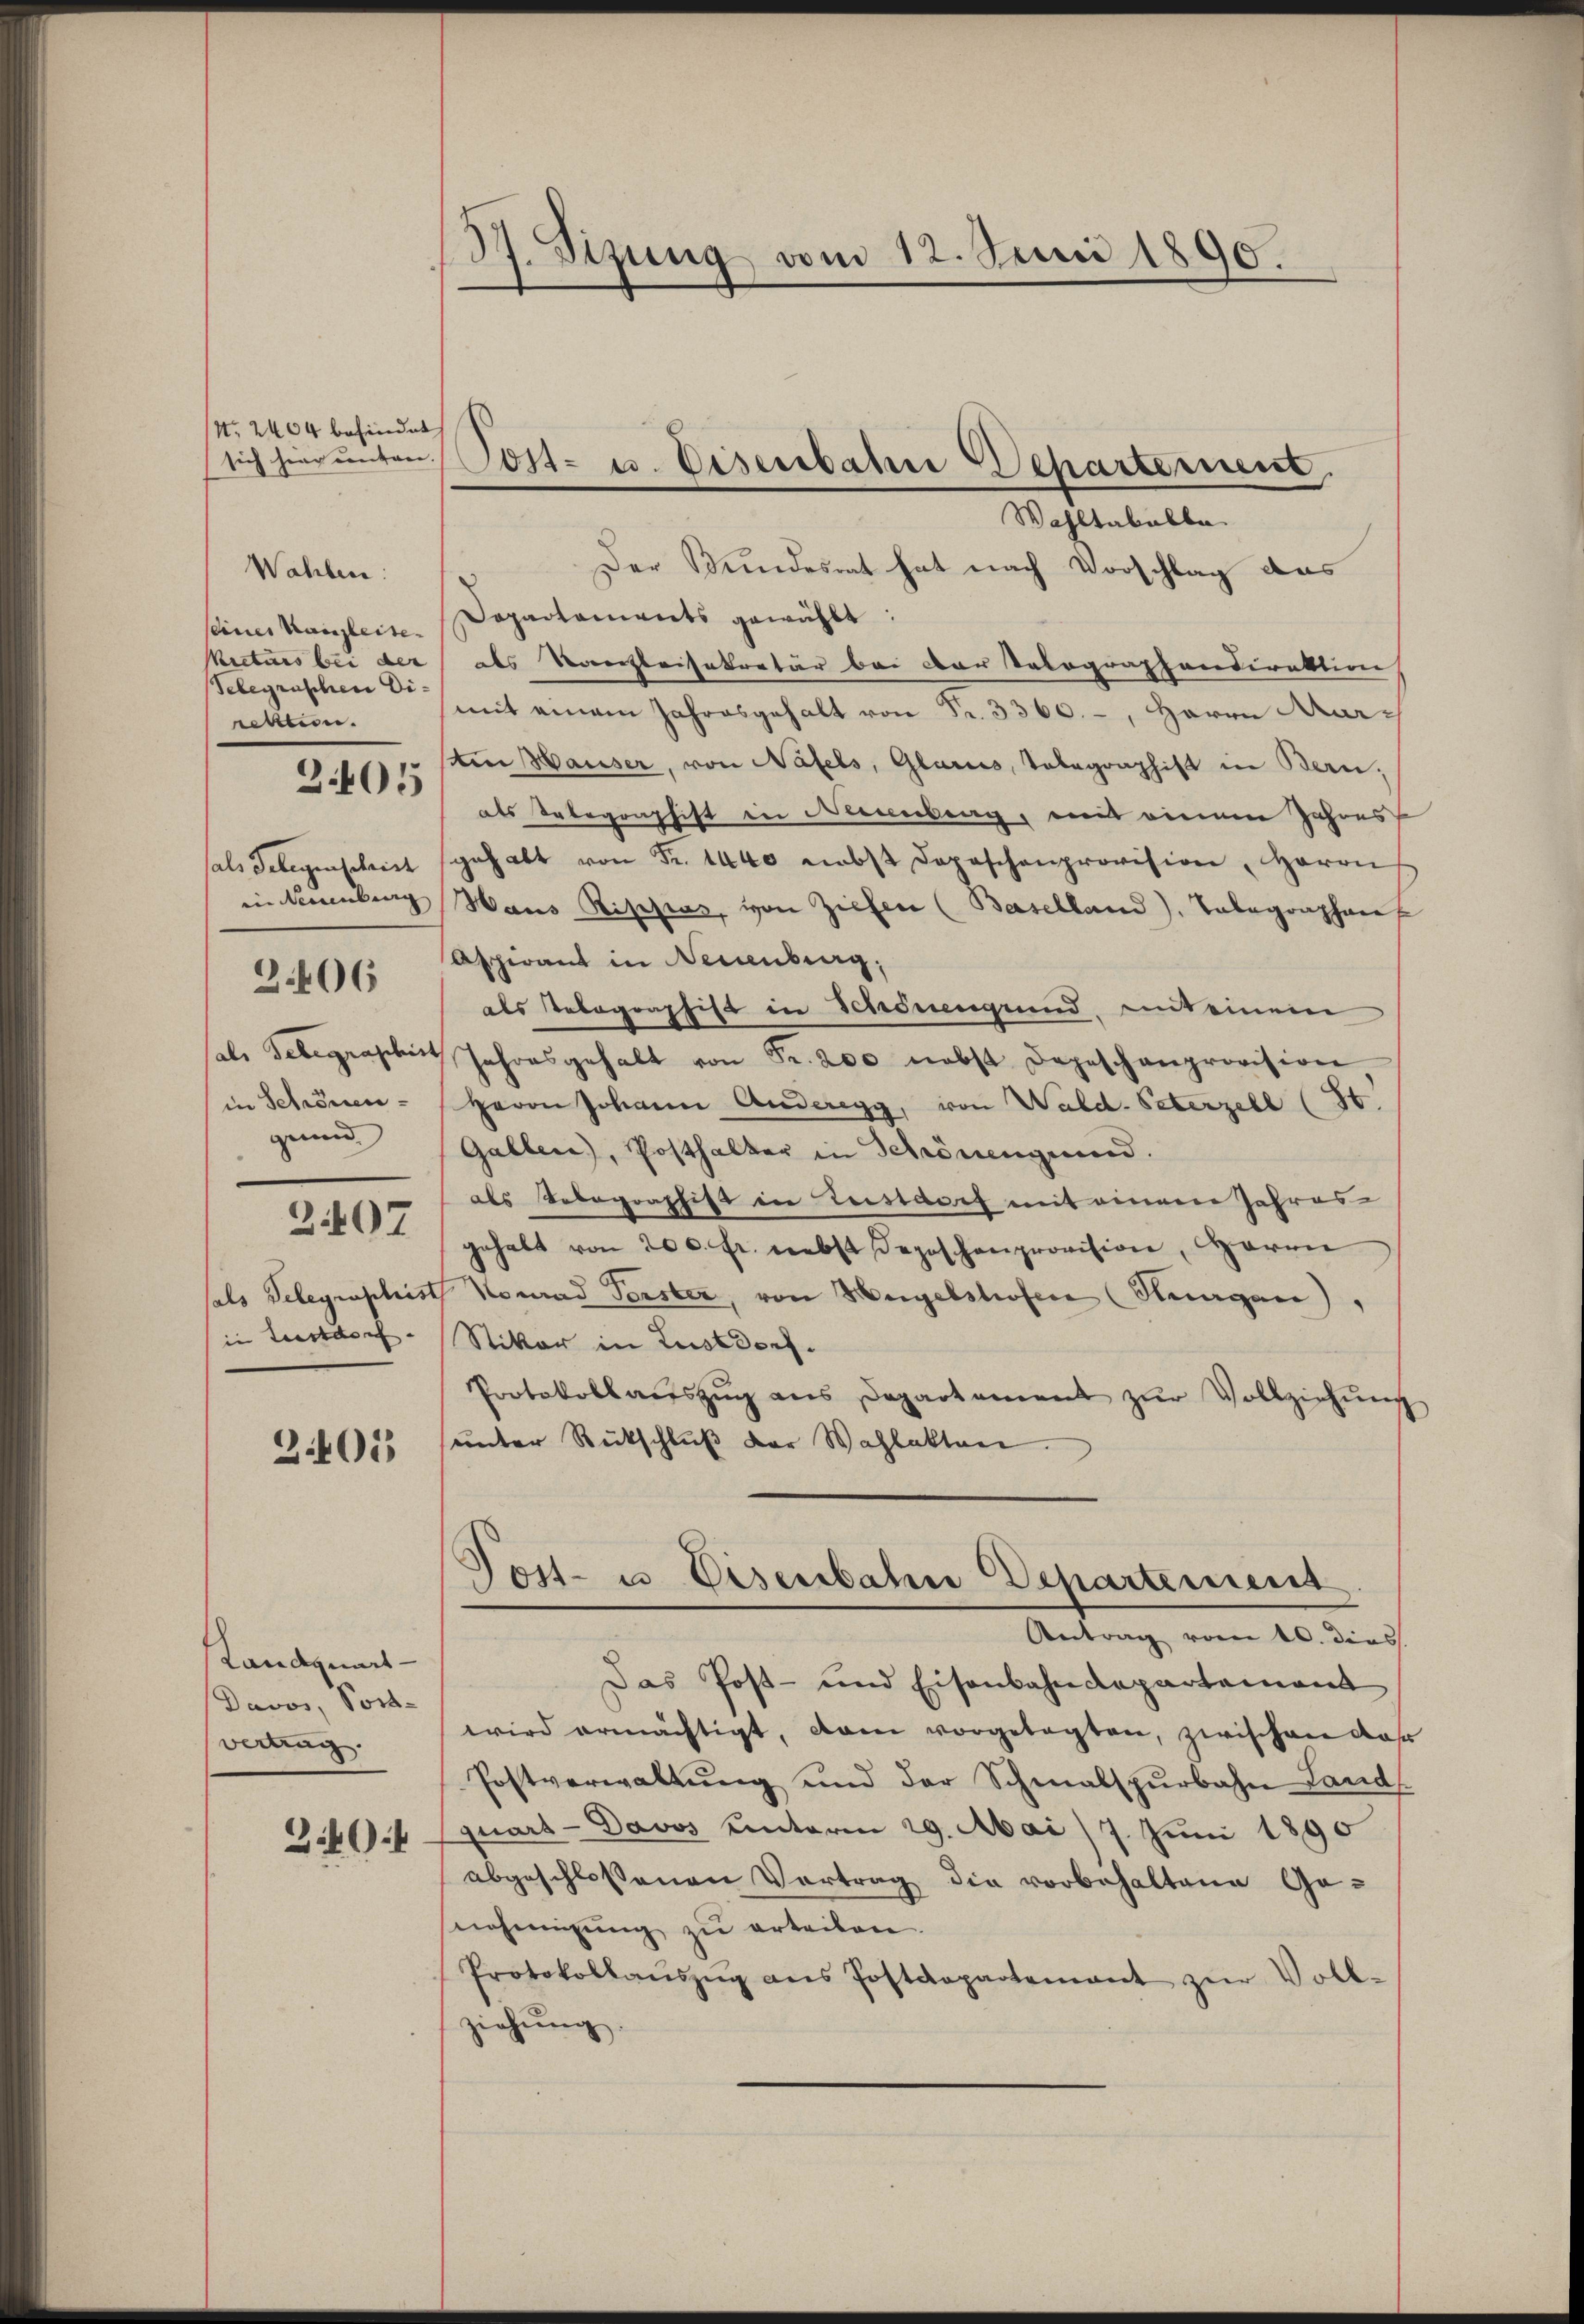
No. 2464 befinde
sich hier unten

Wahlen:
seines Kanzleite
Telegraschen Diickten.

3405

als Gelegenschrist
in Neuenburg
als Telegraphis
in Schönengenn

3.406

2407

sals Telegraphie
in Lustdorf

2405

Landquart
Davos, Port-
verzug.
340:4

17. Sitzung vom 12. Juni 1890.

e
Post- u. Eisenbahn Departement.

Wahltabelbe
Der Bundesrat hat nach Vorschlag das
Dapartaments gewählt:
Rictars bei der als Kanzleisekretär bei der Volographendirektion
mit einem Jahresgehalt von Fr. 3360.-, Herrn Aar¬
Am Hauser, von Näfels, Glarus, Telegraphist in Bern,
als Telegraphist in Obernberg, mit einen Jahres
gehabt von Fr. 1440 nebst doposchenprovision, Herrn
Haus Rippas, von Ziehen (Baselland), Telegraphen
Aspirant in Neuenburg,
als Telegraphist in Schönengrund, mit einem
de
Jahresgehalt von Fr. 200 nebst Depeschenprovision.
Herrn Johann Anderegg, von Wald. Peterzell (St.
Gallen), Posthalter in Schönengrund.
als Telegraphist in Lustdorf mit einem Jahres-
gehabt von 200. fr. nebst Deposchenprovision, Herrn
Konrad Perster, von Hagelshofen (Steuergen),
Stiker in Lustdorf.
Protokollaŭszŭg ans Departement zŭr Vollziehŭng
unter Rückschlŭβ der Wahlakten.
Tost- u. Eisenbahn Departement
Antrag vom 10. dies
Das Post- und Eisenbahndepartement
wird ermächtigt, dann vorgetagten, zwischen das
Postverwaltung und der Schmalspurbahn Land
quart - Davos unterm 29. Mai/7. Juni 1890
abgeschlossenen Vortrag die vorbehaltene Ge-
nehmigung zu erteilen.
Protokollaŭszŭg ans Postdepartement zŭr Voll-
ziehŭng.